Scottish Leaving Certificate Examination, 1954
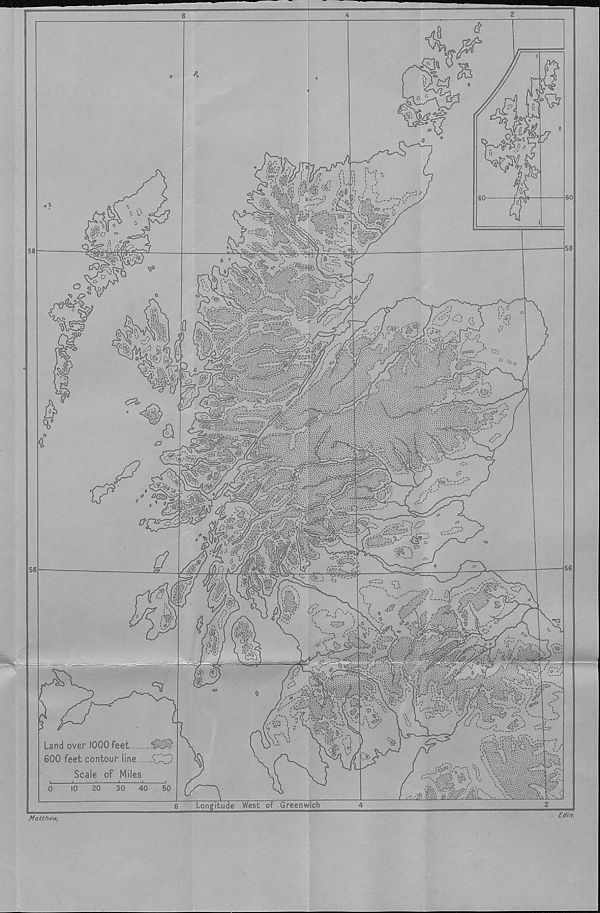
58
a
v.0
m
' / «7
•C 3 ’
a 7
£?,
s
20
30 40 50
r/i 1*1 ,■ /r. “
n > ^
» >_•?/ vft'jy ! :/}!\
\! i! i “
' v-. ./« *i Jr / * >■» ; • ii » \
*sSS?kS'£is ?
l, X
60
S'
11 v^rtf^-,
o \_© r^.
"-j c %;\ ^“'vvs < »>— c
;\Tj \ iJipt f 1 „
r' - T''-;
■-''sA.
4 '4^-' '■
Awi-r?*^^ .5S^sr-*' *' <5J
. • • • ; :;?r:' ■ ;•. . V. :;;.\v.v.v A <::
rNV^-Vaf-'vaig
-' .
-:[', V 'Xt',"" _.
< . .' ;rS.'Z-.->s
' t-i' 1 . 9 a>'
'^mpt:
J>
>.;;;i^.» »j-»T4yr /-
' •I’l’.ty?:' :::}
ft%n? •
J ‘
mg;,
/
■ M "'-A'
/ u *'+'<«£
mmd
-■ > ^
^Ss
S)''-
5
Wm? y 'Q?* ,-
irw
vi&V
cSZS
•v.
K<,
i?
w
I
r^i'
1
Land over 1000 feet
600 feet contour line .C”
Scale of Miles
' «3
» f •
i&y
:■ i -j
Longitude West of Greenwich
✓—,'' 'I '♦'.fj/jC'/-?*''
C-2?
*/. •’■ •' -V' i | V •‘-' •I »' •' •?' «.-»r-’ 1 .
rT
iv
< u
©< \\ .
., Yt tf.;:-. •• • •,,
y w
..-.v£ ■ *. p, * ‘l \ ' I:*:' -V. v **. *‘’**' ;, . ’. v. ’ V' . '
—'Y*# ■'# \ •.-.
.. v
- / .
56
Matthew,
Edin.